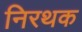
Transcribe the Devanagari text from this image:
निरथक